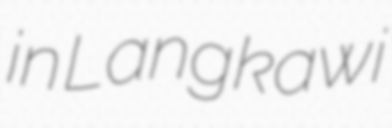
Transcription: in Langkawi